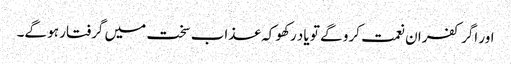
اور اگر کفران نعمت کرو گے تو یاد رکھو کہ عذاب سخت میں گرفتار ہو گے۔